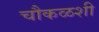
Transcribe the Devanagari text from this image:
चौकळशी